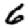
Digit: 6